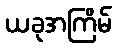
ယခုအကြိမ်